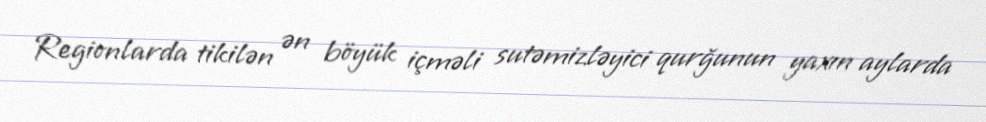
Regionlarda tikilən ən böyük içməli sutəmizləyici qurğunun yaxın aylarda